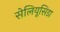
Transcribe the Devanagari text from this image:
सेलियूसिडा